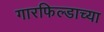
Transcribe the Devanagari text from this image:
गारफिल्डाच्या